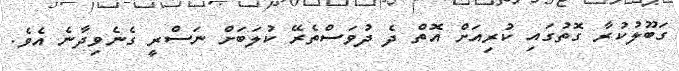
ގަބޫލުކުރާ ގޮތުގައި ކުރިއަށް އޮތް ދެ ދުވަސްތެރޭ ކުލަބަށް ނަސްރީ ގެނެވިދާނެ އެވެ.